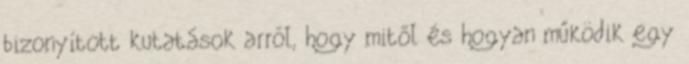
bizonyított kutatások arról, hogy mitől és hogyan működik egy